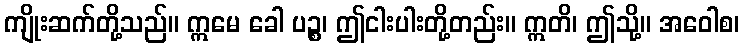
ကျိုးဆက်တို့သည်။ ဣမေ ခေါ ပဉ္စ၊ ဤငါးပါးတို့တည်း။ ဣတိ၊ ဤသို့။ အဝေါစ၊